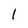
Character: 1